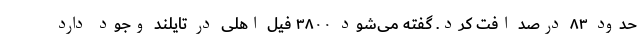
حدود ۸۳ درصد افت کرد. گفته می‌شود ۳۸۰۰ فیل اهلی در تایلند وجود دارد